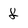
Character: f